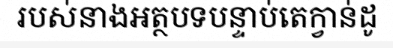
របស់នាងអត្ថបទបន្ទាប់តេក្វាន់ដូ